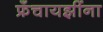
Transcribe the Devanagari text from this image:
फ्रँचायझींना